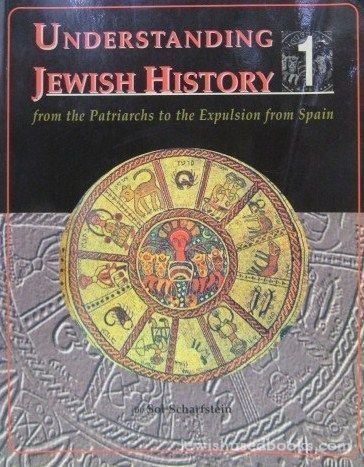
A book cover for Understanding Jewish History; Sol Scharfstein; Teen & Young Adult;